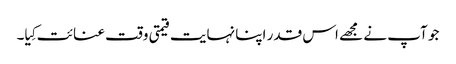
جو آپ نے مجھے اس قدر اپنا نہایت قیمتی وقت عنائت کِیا۔